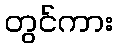
တွင်ကား